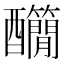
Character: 𨤄